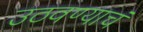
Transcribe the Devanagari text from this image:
उठवण्याचं